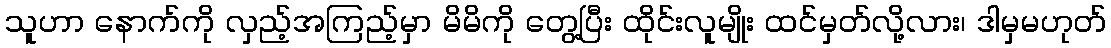
သူဟာ နောက်ကို လှည့်အကြည့်မှာ မိမိကို တွေ့ပြီး ထိုင်းလူမျိုး ထင်မှတ်လို့လား၊ ဒါမှမဟုတ်